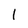
Character: l